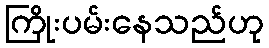
ကြိုးပမ်းနေသည်ဟု